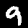
Label: 9